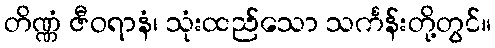
တိဏ္ဏံ ဇီဝရာနံ၊ သုံးထည်သော သင်္ကန်းတို့တွင်။